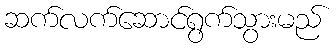
ဆက်လက်ဆောင်ရွက်သွားမည်